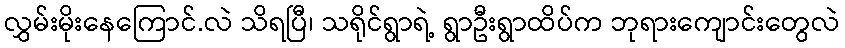
လွှမ်းမိုးနေကြောင်.လဲ သိရပြီ၊ သရိုင်ရွာရဲ့ ရွာဦးရွာထိပ်က ဘုရားကျောင်းတွေလဲ